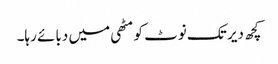
کچھ دیر تک نوٹ کو مٹھی میں دبائے رہا۔